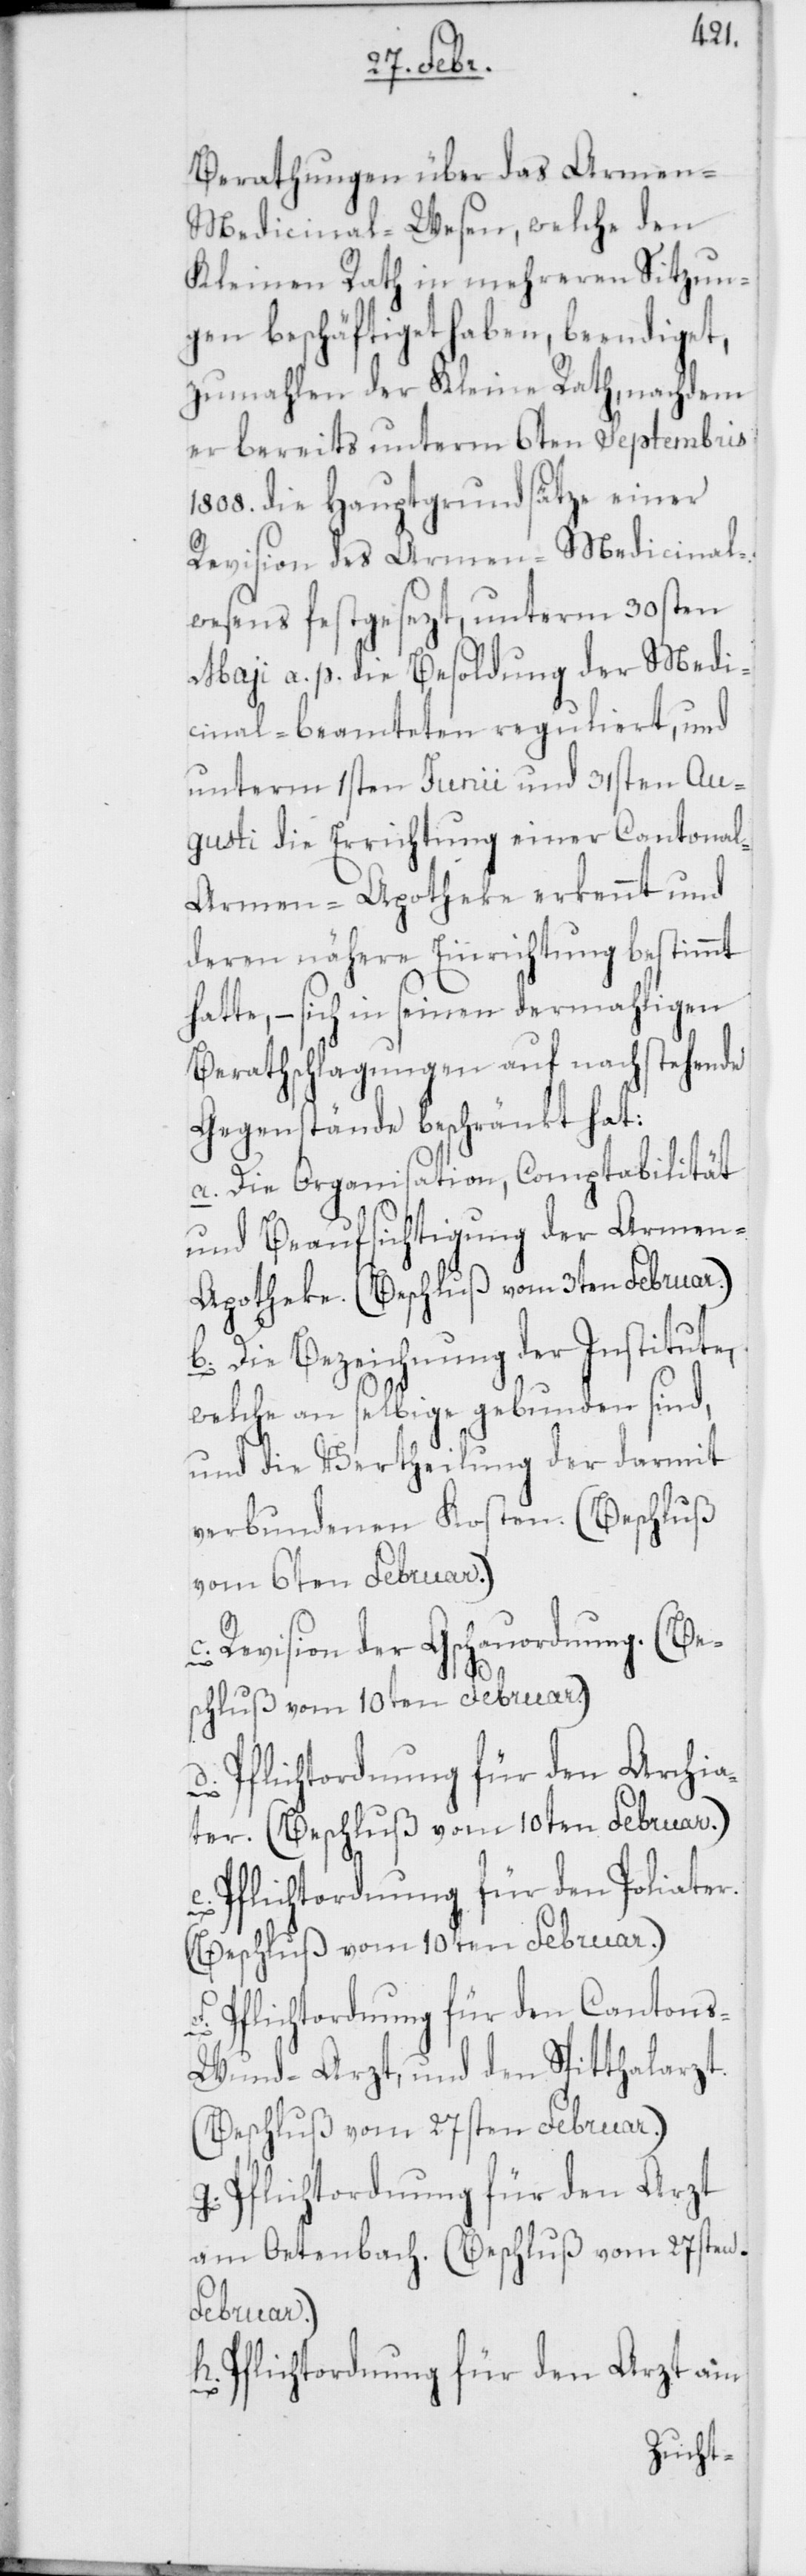
Berathungen über das Armen-M¬
edicinal-Wesen, welche den
Kleinen Rath in mehreren Sitzun¬
gen beschäftiget haben, beendiget,
zumalen der Kleine Rath, nachdem
er bereits unterm 6ten Septembris
1808. die Hauptgrundsätze einer
Revision des Armen-Medicinal-W¬
esens festgesezt, unterm 30sten
Maji a. p. die Besoldung der Medi¬
cinal-Beamteten reguliert, und
unterm 1sten Junii und 31sten Au¬
gusti die Errichtung einer Cantona¬
l-Armen-Apotheke erkennt und
deren nähere Einrichtung bestimmt
hatte, – sich in seinen dermahligen
Berathschlagungen auf nachstehende
Gegenstände beschränkt hat:
a. Die Organisation, Comptabilität
und Beaufsichtigung der Armen-A¬
potheke. (Beschluß vom 3ten Februar.)
b. Die Bezeichnung der Institute,
welche an selbige gebunden sind,
und die Vertheilung der darmit
verbundenen Kosten. (Beschluß
vom 6ten Februar.)
c. Revision der Gschauordnung. (Be¬
schluß vom 10ten Februar.)
d. Pflichtordnung für den Archia¬
ter. (Beschluß vom 10ten Februar.)
e. Pflichtordnung für den Poliater.
(Beschluß vom 10ten Februar.)
f. Pflichtordnung für den Canton¬
s-Wund-Arzt, und den Spitthalarzt.
(Beschluß vom 27sten Februar.)
g. Pflichtordnung für den Arzt
am Oetenbach. (Beschluß vom 27sten
Februar.)
h. Pflichtordnung für den Arzt am